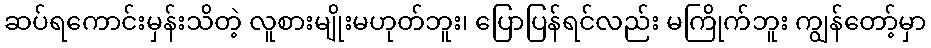
ဆပ်ရကောင်းမှန်းသိတဲ့ လူစားမျိုးမဟုတ်ဘူး၊ ပြောပြန်ရင်လည်း မကြိုက်ဘူး ကျွန်တော့်မှာ